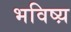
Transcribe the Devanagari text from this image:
भविष्य़